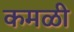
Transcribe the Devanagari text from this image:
कमळी